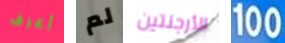
أعرف لم الأرجنتين 100